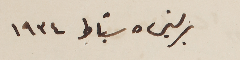
برلين 5 شباط 1934